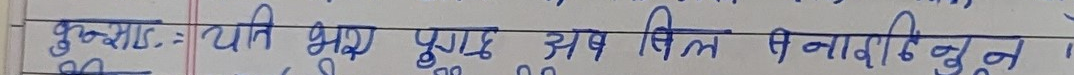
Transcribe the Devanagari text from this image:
बुद्धसारे:- यति भित्र पुग्छ, अब बिल ने नावाठिदुन ।